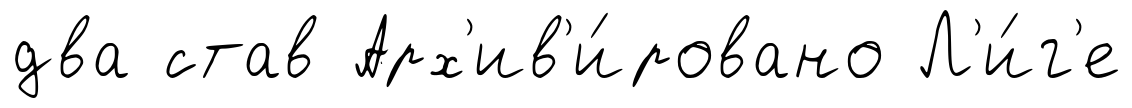
два став Арх'ив'и́ровано Л'и́г'е